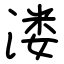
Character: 溇